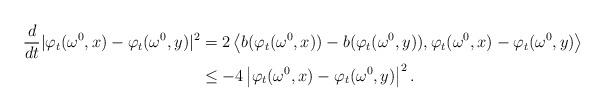
LaTeX: \begin{align*}\frac{d}{dt} |\varphi_t (\omega^0,x) - \varphi_t ( \omega^0,y ) |^2&= 2 \left\langle b( \varphi_t (\omega^0,x) ) - b(\varphi_t (\omega^0,y)), \varphi_t (\omega^0,x) - \varphi_t (\omega^0,y) \right\rangle \\&\leq -4 \left| \varphi_t (\omega^0,x) - \varphi_t (\omega^0,y) \right|^2.\end{align*}